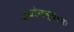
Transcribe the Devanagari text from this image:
अथांगन्यासः